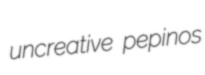
uncreative pepinos